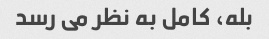
بله، کامل به نظر می رسد